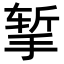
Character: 𪮃